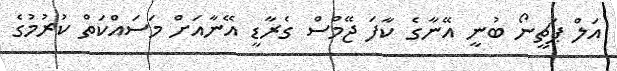
އަލް ޕަޗީނޯ ބުނީ އޭނާގެ ކާފަ ޖޭމްސް ގެރާޑީ އޭނާއަށް މަސައްކަތް ކުރުމުގެ